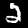
Label: 2